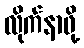
လိုက်နာဖို့